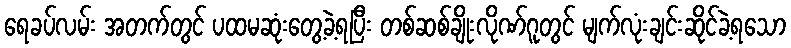
ရေခပ်လမ်း အတက်တွင် ပထမဆုံးတွေ့ခဲ့ရပြီး တစ်ဆစ်ချိုးလိုဏ်ဂူတွင် မျက်လုံးချင်းဆိုင်ခဲ့ရသော